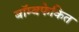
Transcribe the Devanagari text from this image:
बॉम्बफेकित